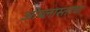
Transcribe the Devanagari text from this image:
ओब्लास्ताचा